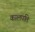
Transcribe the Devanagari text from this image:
कालपति